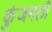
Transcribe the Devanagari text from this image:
कुंजगली